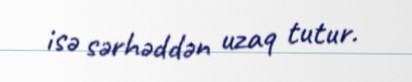
isə sərhəddən uzaq tutur.